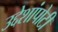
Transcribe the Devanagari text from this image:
उद्देशांपोटी